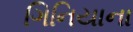
ગિનિયાના